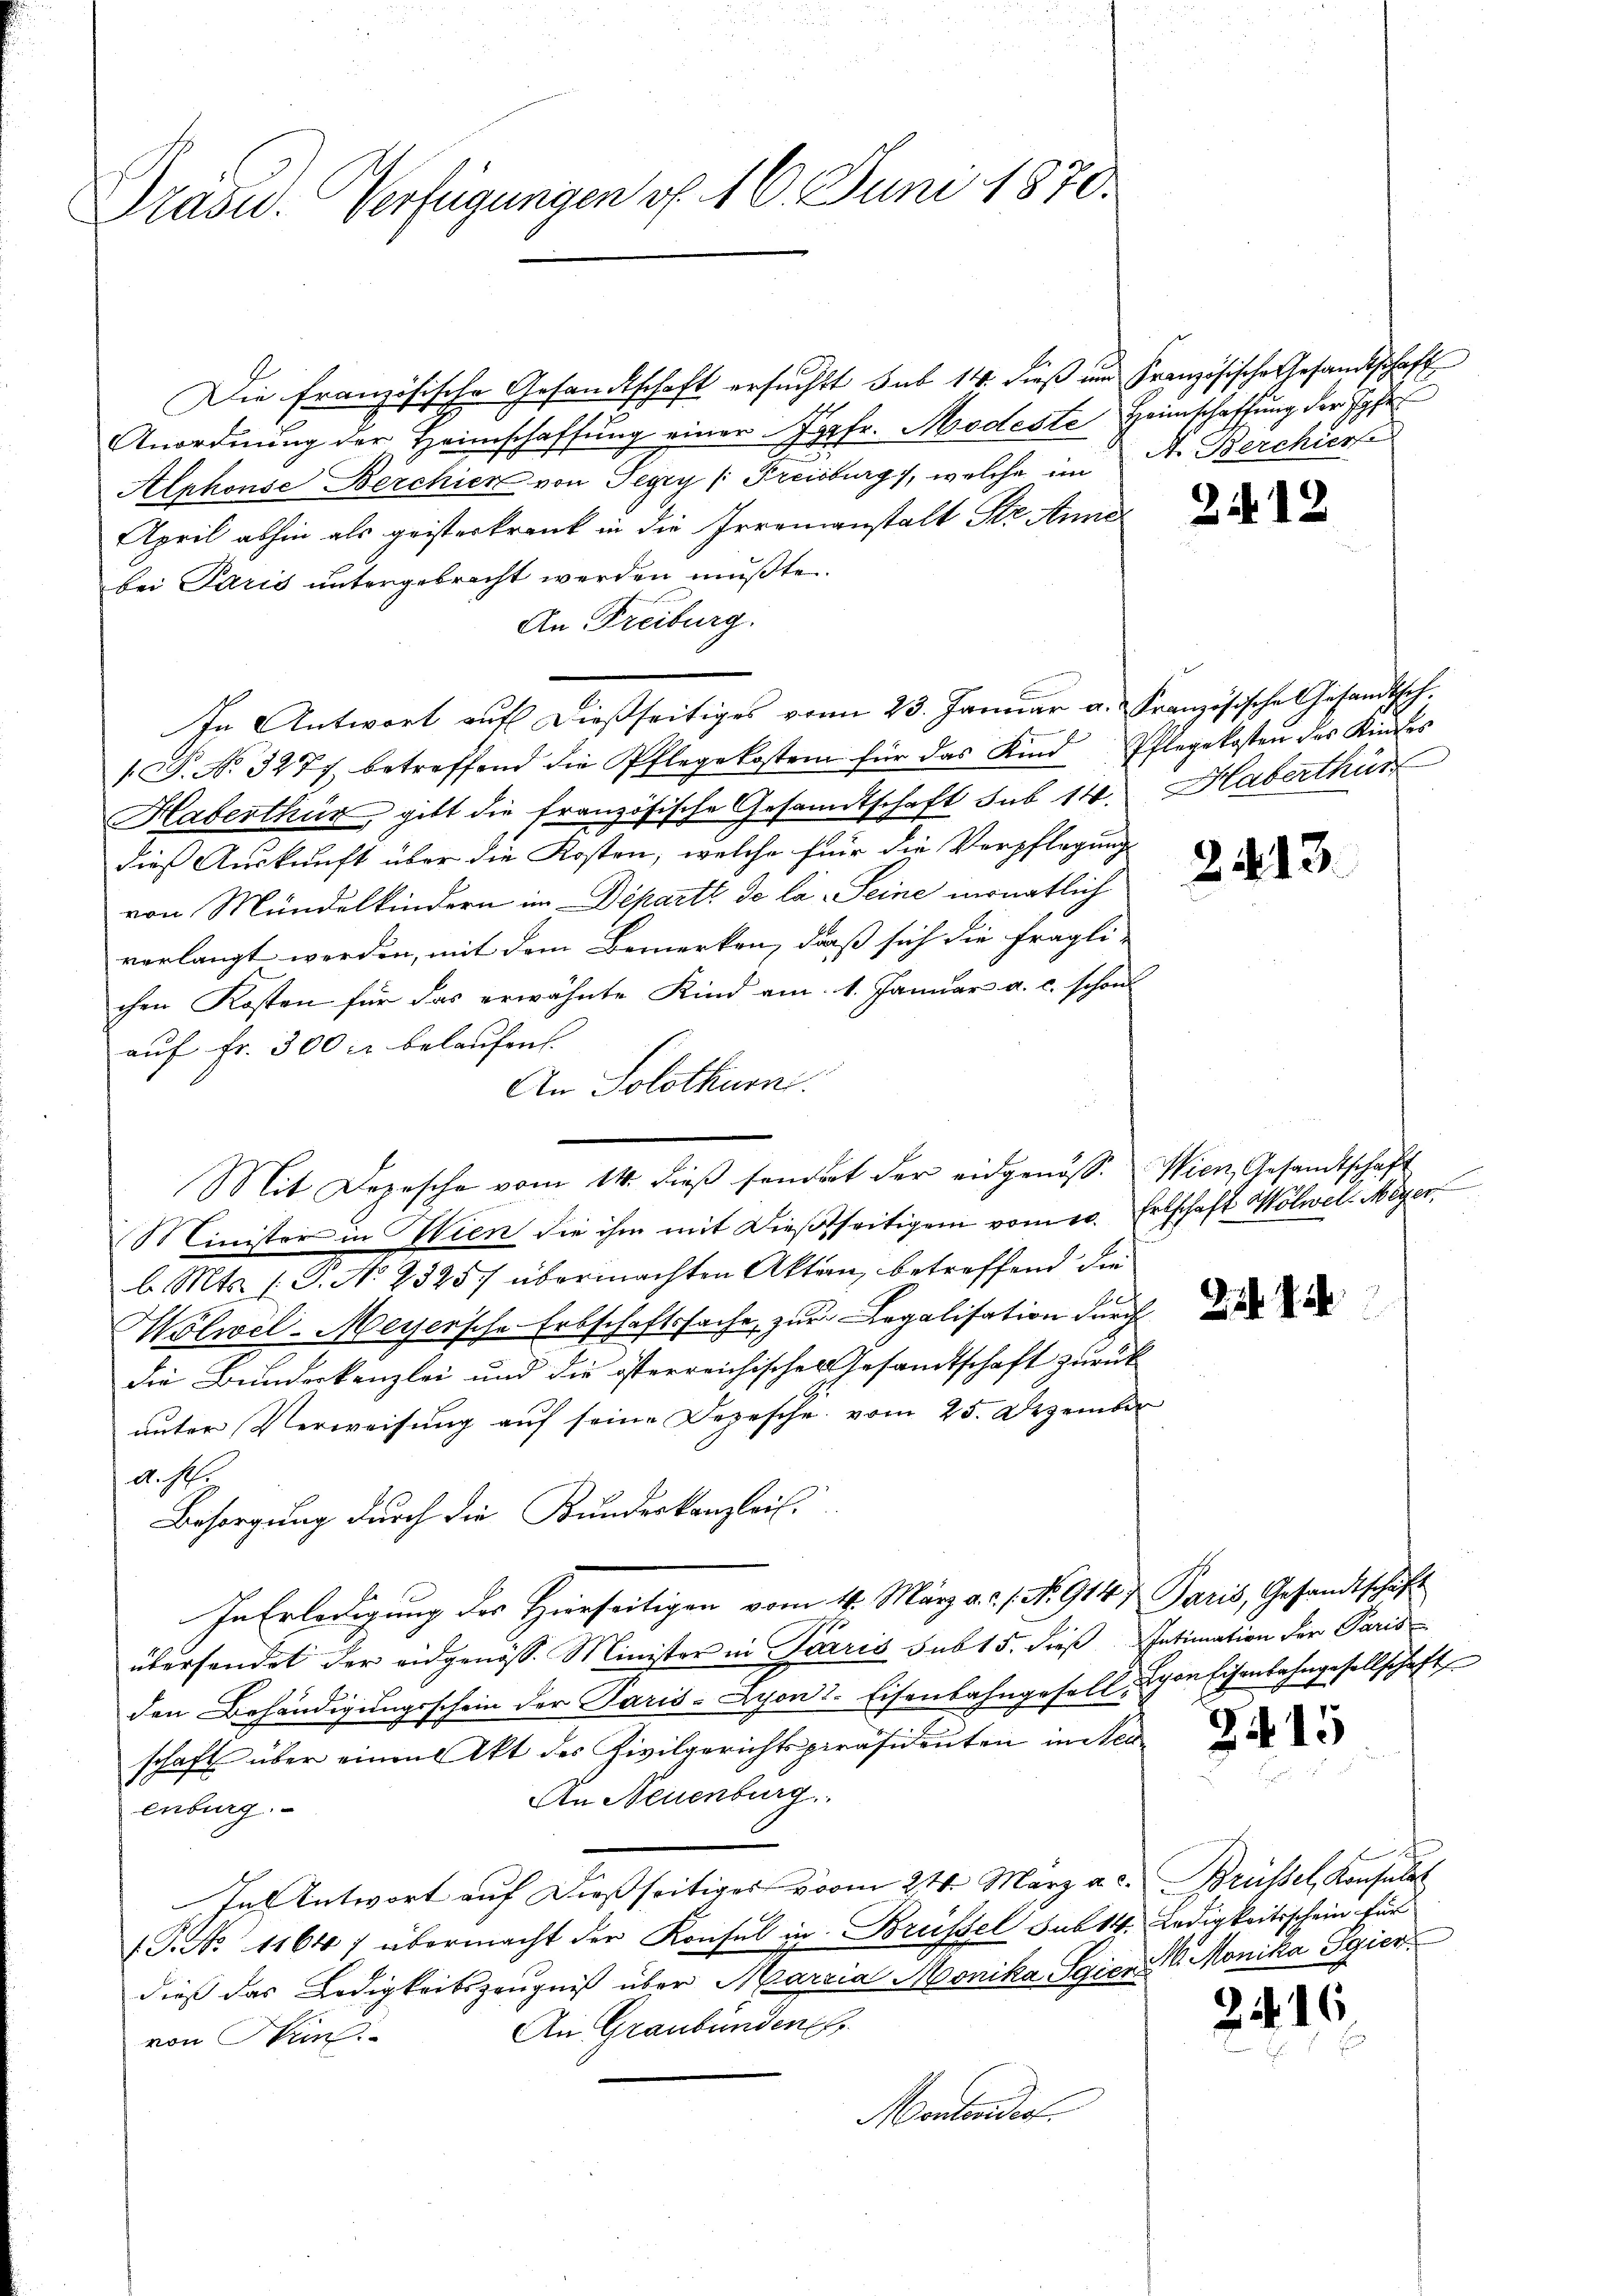
Präsid. Verfügungen v. 16. Juni 1870.

Die französische Gesandtschaft ersuchst sub 14. dieß am Französische Gesandtschaft
Anordnŭng der Heimschaffŭng einer Jgfr. Modeste Heimschaffung der Jahr
Alphonse Berchien von Tegry /: Freiburg, welche im A. Berchere
April abhin als geisterkrank in die Irrenanstalt Str. Anne
bei Paris untergebracht werden mußte.
An Freiburg.
In Antwort aŭf dießseitiges vom 23. Janŭar a. Französische Gesandtsch.
1.P. No. 3277 betreffend die Pflegekosten für das Kind Pflegekosten des Kindes
Haberthur, gibt die französische Gesandtschaft sub 14. Haberthür
dies Auskunft über die Kosten, welche für die Verpflegung
von Mündelkindern im Departe de la Seine monatlich
vorlangt werden, mit dem Bemerken, daß sich die fragli-
chen Kosten für das erwähnte Kind am 1. Januar a. c. schon
auf Fr. 300 fl belaufen.
An Solothurn.
Mit Depesche vom 14. dieβ sondert der eidgenoss. Wien Gesandtschaft
Minister in Wien die ihm mit Dießseitigem vom 1. Ertschaft Wölwel. Meyer
b. Mts. (T. No 2325/ übermachten Akten, betreffend die
Wolwel-Meyersche Erbschaftssache, zur Legalisation durch
die Bunderkanzlei und die österreichischen Gesandtschaft zurück
unter Verweisung auf seine Depesche vom 25. Dezember
A. Joh.
Besorgung durch die Bundeskanzleis
In Erledigung des Hierseitigen vom 4. März a. a. f. No. 914. Paris, Gesandtschäft
übersendet der eidgenöss. Minister in Paris sub 15. dieß Intimation der Paris
den Behändigungsschein der Paris-Lyon-Eisenbahngesell, Schon Eisenbahngesellschaften
schaft über einen Akt des Zivilgerichtspräsidenten in Steu¬
An Neuenburg
enburg.
In Antwort auf dießseitiger vom 24. März a. c. Brüssel, Konsulat
(G. No 11647 übermacht der Konsul in Brüssel sub 14. Ledigkeitsschein für
dieß das Ledigkeitszeugniß über Maria Monika Sgiert Monika Sgier
An Graubünden,
von Hrn.
Mantendert.

2.12

2413.

2 J.

2415

2